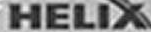
HELIX